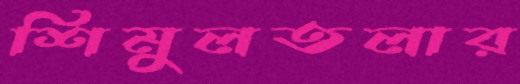
শিমুলতলার